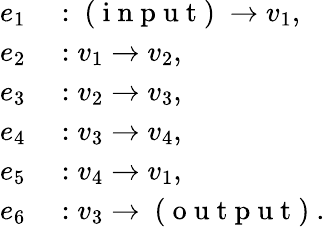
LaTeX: \begin{array}{rl}{e_{1}}&{{}:\mathrm{~(~i~n~p~u~t~)~}\to v_{1},}\\ {e_{2}}&{{}:v_{1}\to v_{2},}\\ {e_{3}}&{{}:v_{2}\to v_{3},}\\ {e_{4}}&{{}:v_{3}\to v_{4},}\\ {e_{5}}&{{}:v_{4}\to v_{1},}\\ {e_{6}}&{{}:v_{3}\to\mathrm{~(~o~u~t~p~u~t~)~}.}\end{array}